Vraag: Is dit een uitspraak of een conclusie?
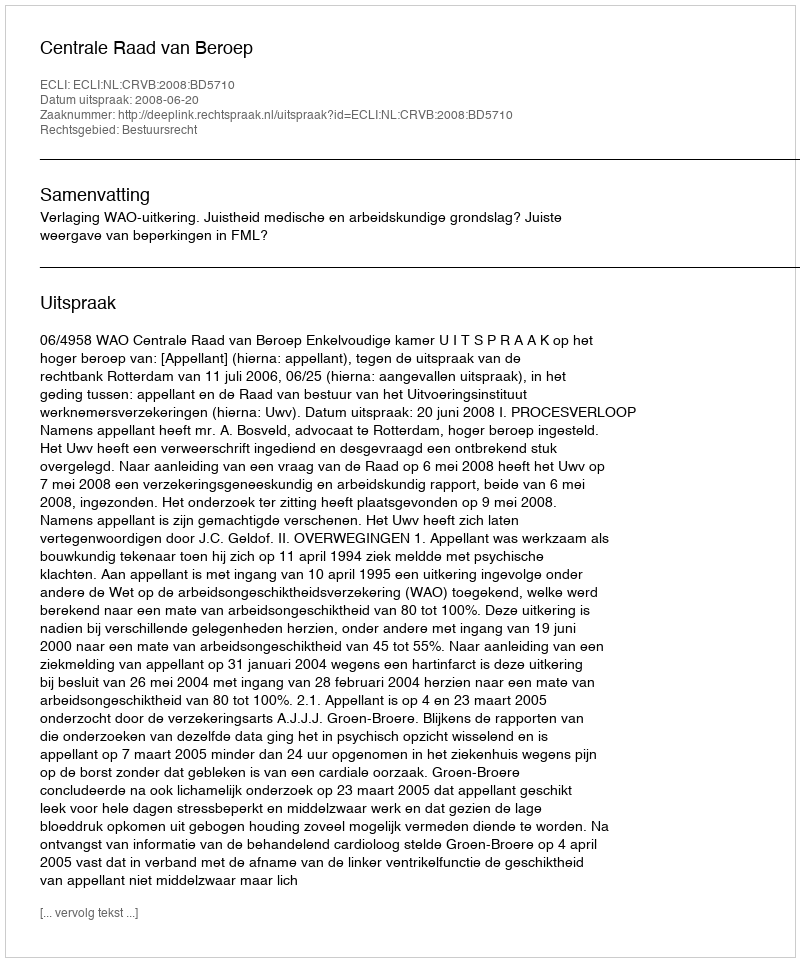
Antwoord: Uitspraak